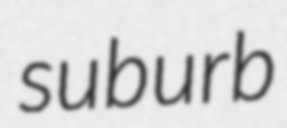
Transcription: suburb